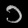
Digit: ၁